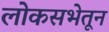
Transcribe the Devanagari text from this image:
लोकसभेतून